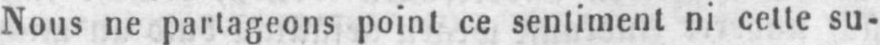
Nous ne partageons point ce sentiment ni cette su-